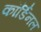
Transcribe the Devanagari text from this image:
कॉर्डिनल